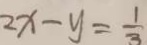
2 x - y = \frac { 1 } { 3 }